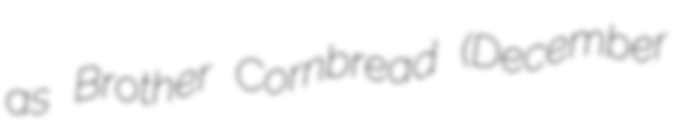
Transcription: as Brother Cornbread (December